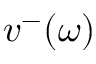
v ^ { - } ( \omega )